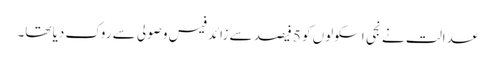
عدالت نے نجی اسکولوں کو 5 فیصد سے زائد فیس وصولی سے روک دیا تھا۔